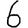
Digit: 6